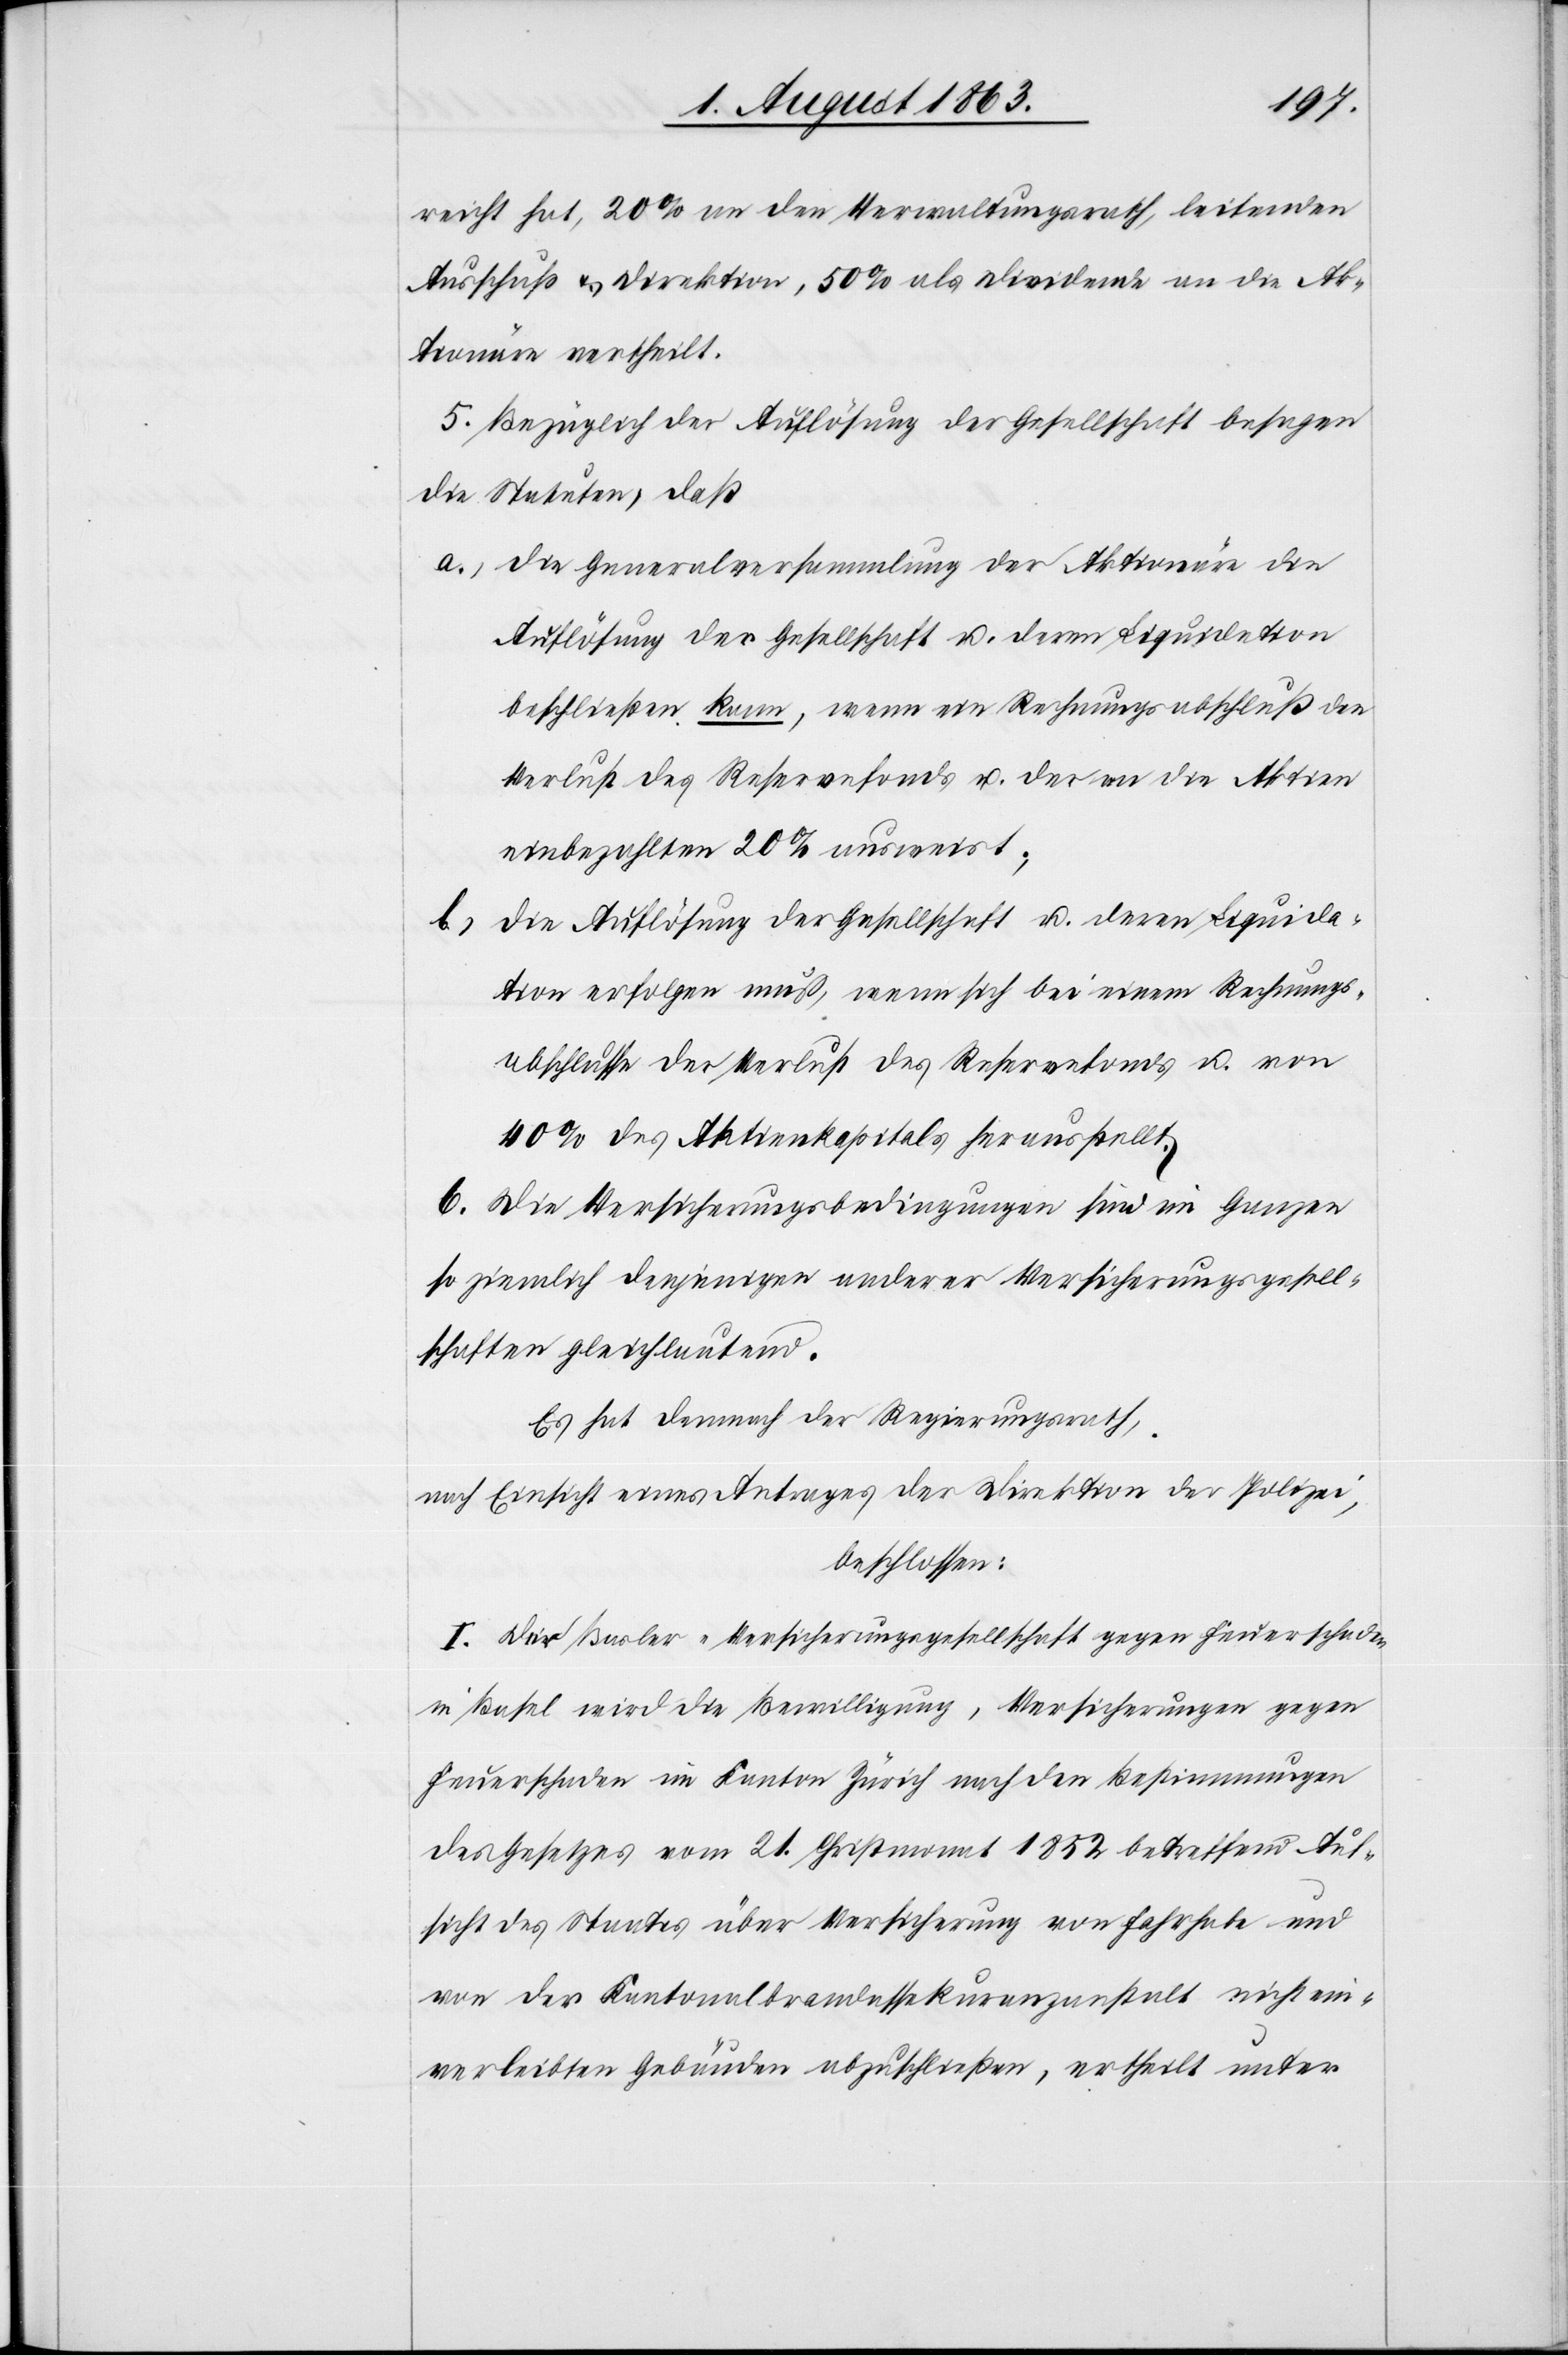
reicht hat, 20% an den Verwaltungsrath, leitenden
Ausschuß & Direktion, 50% als Dividende an die Ak¬
tionäre vertheilt.
5. Bezüglich der Auflösung der Gesellschaft besagen
die Statuten, daß
a.) die Generalversammlung der Aktionäre die
Auflösung der Gesellschaft u. deren Liquidation
beschließen kann, wenn ein Rechnungsabschluß den
Verlust des Reservefonds u. der an die Aktien
einbezahlten 20% ausweist;
b.)
die Auflösung der Gesellschaft u. deren Liquida¬
tion erfolgen muß, wenn sich bei einem Rechnungs¬
abschlusse der Verlust des Reservefonds u. von
40% des Aktienkapitals herausstellt.
6. Die Versicherungsbedingungen sind im Ganzen
so ziemlich denjenigen anderer Versicherungsgesell¬
schaften gleichlautend.
Es hat demnach der Regierungsrath,
nach Einsicht eines Antrages der Direktion der Polizei,
beschlossen:
I. Der Basler-Versicherungsgesellschaft gegen Feuerschaden
in Basel wird die Bewilligung, Versicherungen gegen
Feuerschaden im Kanton Zürich nach den Bestimmungen
des Gesetzes vom 21. Christmonat 1852 betreffend Auf¬
sicht des Staates über Versicherung von Fahrhabe und
von der Kantonalbrandassekuranzanstalt nicht ein¬
verleibten Gebäuden abzuschließen, ertheilt unter